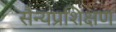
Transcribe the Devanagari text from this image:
सैन्यप्रशिक्षण